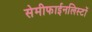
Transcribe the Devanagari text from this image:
सेमीफाईनलिस्टों